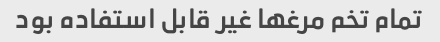
تمام تخم مرغها غیر قابل استفاده بود